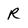
Character: R